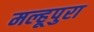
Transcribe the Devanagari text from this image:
मल्हूपुरा